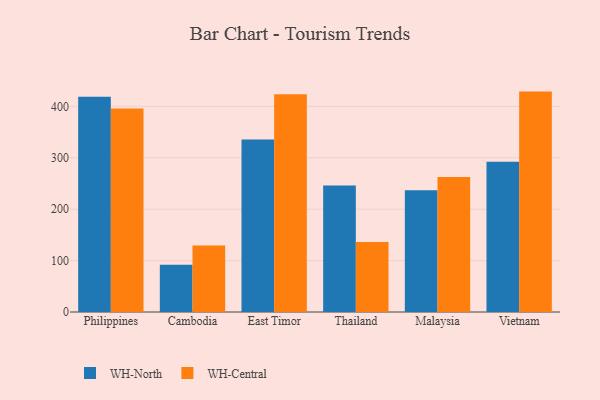
{"axis": {"x": "Country", "y": "Revenue (USD Million)"}, "legend": ["WH-Central", "WH-North"], "data": [{"x": "Philippines", "y": 418.7, "type": "WH-North"}, {"x": "Philippines", "y": 396.0, "type": "WH-Central"}, {"x": "Cambodia", "y": 91.7, "type": "WH-North"}, {"x": "Cambodia", "y": 129.5, "type": "WH-Central"}, {"x": "East Timor", "y": 335.6, "type": "WH-North"}, {"x": "East Timor", "y": 423.6, "type": "WH-Central"}, {"x": "Thailand", "y": 245.9, "type": "WH-North"}, {"x": "Thailand", "y": 136.2, "type": "WH-Central"}, {"x": "Malaysia", "y": 236.9, "type": "WH-North"}, {"x": "Malaysia", "y": 262.6, "type": "WH-Central"}, {"x": "Vietnam", "y": 292.1, "type": "WH-North"}, {"x": "Vietnam", "y": 428.7, "type": "WH-Central"}]}